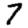
Digit: 7